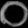
Digit: ၀